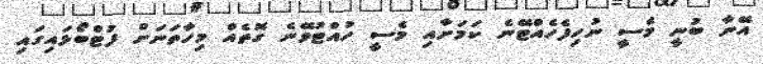
އޭނާ ބުނީ މެސީ ނުހިފެހެއްޓޭނެ ކަމަށާއި މެސީ ހުއްޓުވޭނެ ގޮތެއް މިހާތަނަށް ފުޓްބޯޅައިގައި